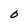
Character: O